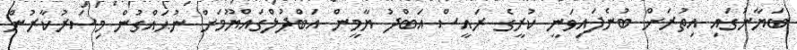
ބަޔާނުގައި އިތުރަށް ބުނެފައިވަނީ ކުރީގެ ރައީސް އަބްދު ޔާމީން އަބްދުލްގައްޔޫމަށް ނުޙައްގުން މިސަރުކާރުން